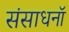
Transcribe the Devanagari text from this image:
संसाधनॉ